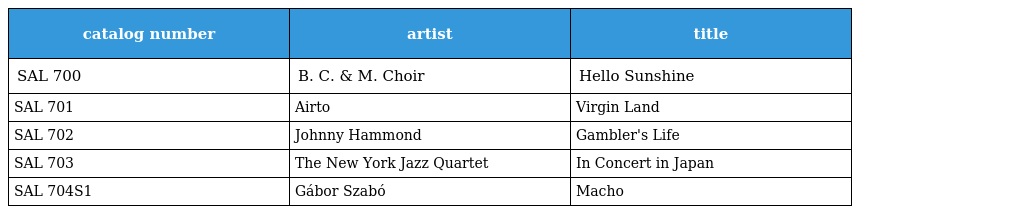
| catalog number | artist | title |
 | --- | --- | --- |
 | SAL 700 | B. C. & M. Choir | Hello Sunshine |
 | SAL 701 | Airto | Virgin Land |
 | SAL 702 | Johnny Hammond | Gambler's Life |
 | SAL 703 | The New York Jazz Quartet | In Concert in Japan |
 | SAL 704S1 | Gábor Szabó | Macho |